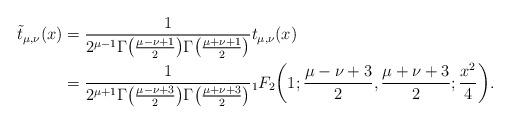
LaTeX: \begin{align*}\tilde{t}_{\mu,\nu}(x)&=\frac{1}{2^{\mu-1}\Gamma\big(\frac{\mu-\nu+1}{2}\big)\Gamma\big(\frac{\mu+\nu+1}{2}\big)}t_{\mu,\nu}(x) \\&=\frac{1}{2^{\mu+1}\Gamma\big(\frac{\mu-\nu+3}{2}\big)\Gamma\big(\frac{\mu+\nu+3}{2}\big)} {}_1F_2\bigg(1;\frac{\mu-\nu+3}{2},\frac{\mu+\nu+3}{2};\frac{x^2}{4}\bigg).\end{align*}